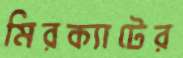
মিরক্যাটের